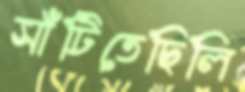
সাঁটিতেছিলি